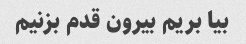
بیا بریم بیرون قدم بزنیم